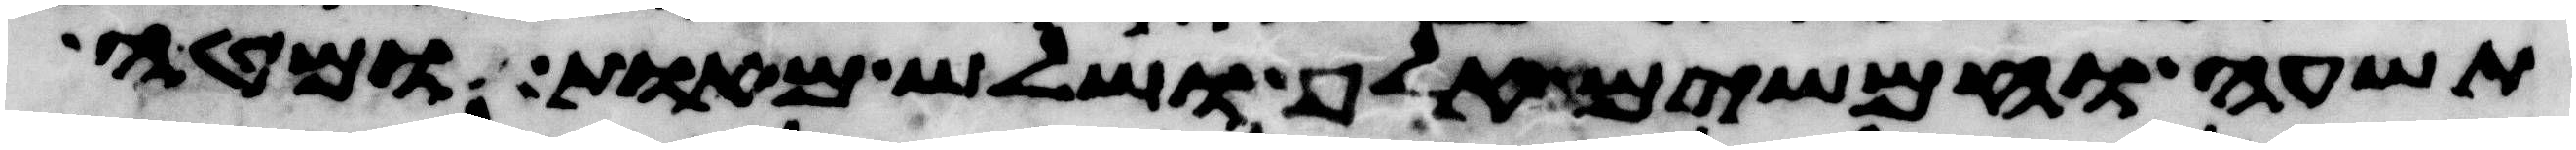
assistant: תשעה וחמשים אלף ושלש מאות ומטה